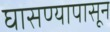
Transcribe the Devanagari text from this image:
घासण्यापासून